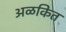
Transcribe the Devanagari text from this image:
अळकित